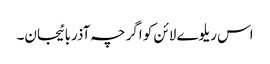
اس ریلوے لائن کو اگرچہ آذربائیجان۔